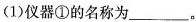
(1)仪器①的名称为___。